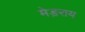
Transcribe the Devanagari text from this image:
मेड़राय